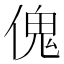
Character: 傀